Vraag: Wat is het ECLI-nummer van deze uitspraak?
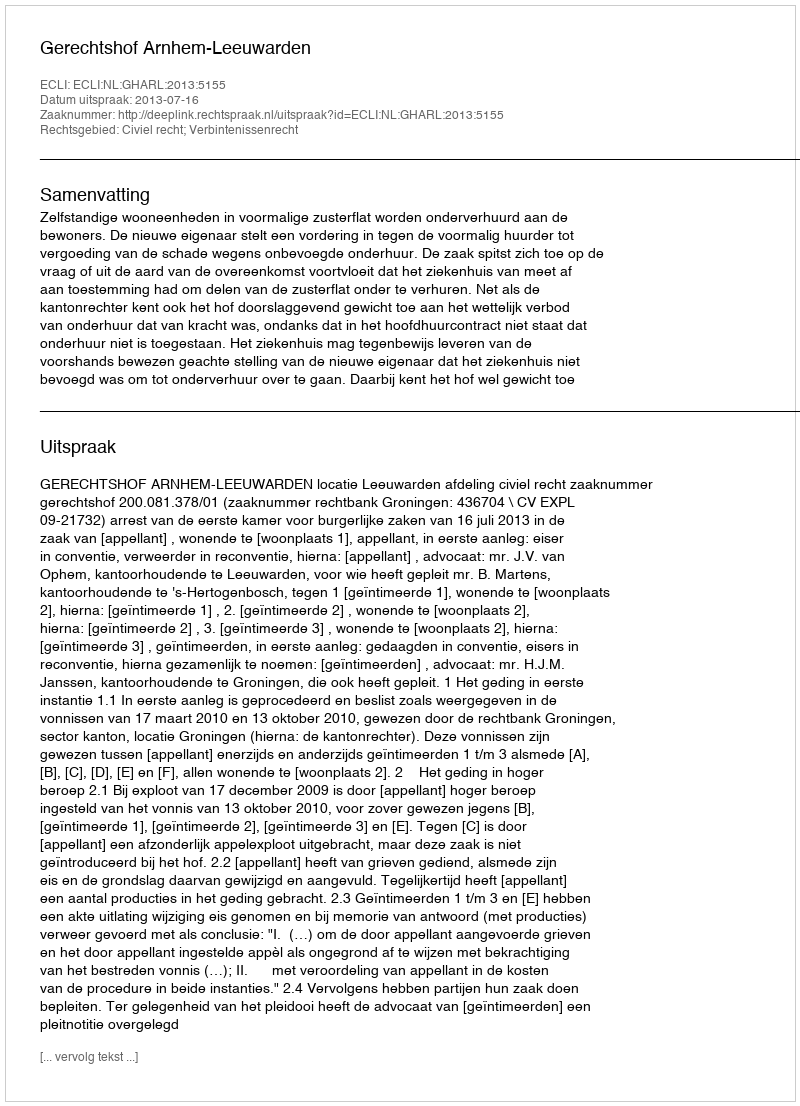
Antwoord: ECLI:NL:GHARL:2013:5155